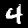
Digit: 4